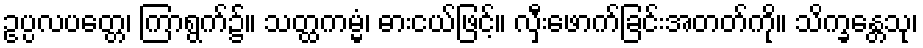
ဥပ္ပလပတ္တေ၊ ကြာရွက်၌။ သတ္ထကမ္မံ၊ ဓားငယ်ဖြင့်။ လှီးဖောက်ခြင်းအတတ်ကို။ သိက္ခန္တေသု၊